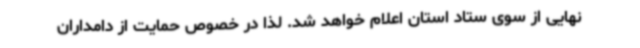
نهایی از سوی ستاد استان اعلام خواهد شد. لذا در خصوص حمایت از دامداران